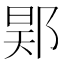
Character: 𨛴